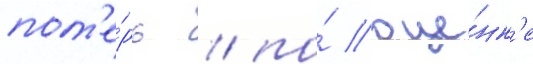
пот'е́рь / по́ оце́нк'е